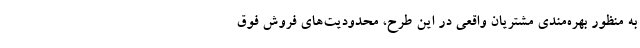
به منظور بهره‌مندی مشتریان واقعی در این طرح، محدودیت‌های فروش فوق